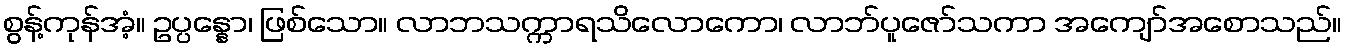
စွန့်ကုန်အံ့။ ဥပ္ပန္နော၊ ဖြစ်သော။ လာဘသက္ကာရသိလောကော၊ လာဘ်ပူဇော်သကာ အကျော်အစောသည်။